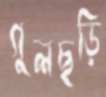
গুলছড়ি